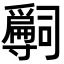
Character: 𡭒